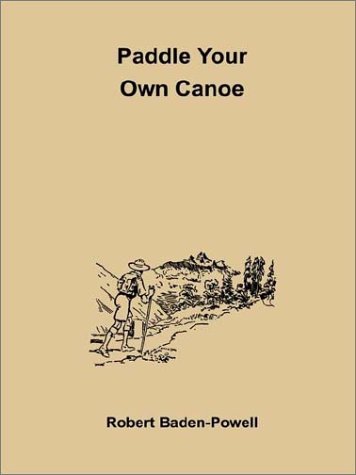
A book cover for Paddle Your Own Canoe; Robert Baden-Powell; Teen & Young Adult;